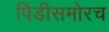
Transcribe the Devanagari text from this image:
पिंडीसमोरच